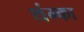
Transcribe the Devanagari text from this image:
थंग्का